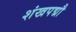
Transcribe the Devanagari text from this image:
शंखपद्मौ